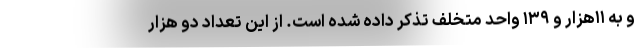
و به ۱۱هزار و ۱۳۹ واحد متخلف تذکر داده شده است. از این تعداد دو هزار